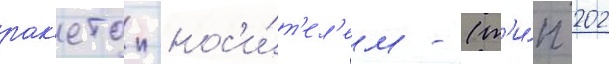
рак'етои-нос'и́т'ел'ем - (т'и́п 202